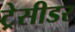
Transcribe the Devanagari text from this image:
ट्रेसीडर